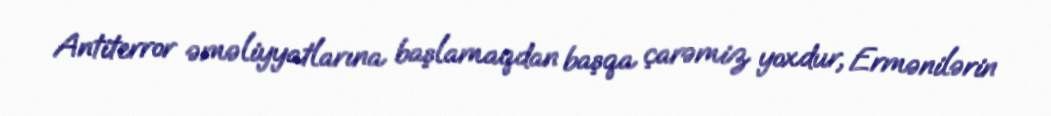
Antiterror əməliyyatlarına başlamaqdan başqa çarəmiz yoxdur, Ermənilərin